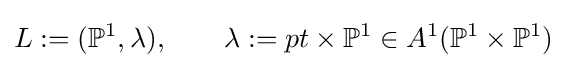
L:=(\mathbb {P} ^{1},\lambda ),\qquad \lambda :=pt\times \mathbb {P} ^{1}\in A^{1}(\mathbb {P} ^{1}\times \mathbb {P} ^{1})